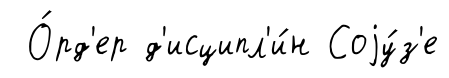
О́рд'ер д'исципл'и́н Соjу́з'е